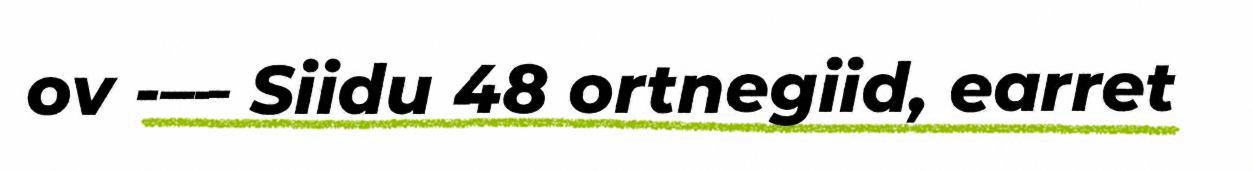
ov -–– Siidu 48 ortnegiid, earret